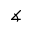
\measuredangle